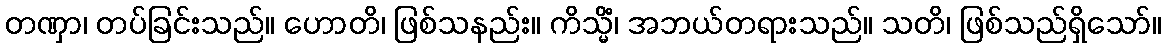
တဏှာ၊ တပ်ခြင်းသည်။ ဟောတိ၊ ဖြစ်သနည်း။ ကိသ္မိံ၊ အဘယ်တရားသည်။ သတိ၊ ဖြစ်သည်ရှိသော်။